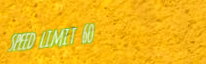
speed limit 60